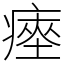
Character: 瘞